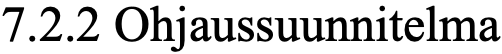
7.2.2 Ohjaussuunnitelma